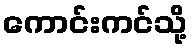
ကောင်းကင်သို့